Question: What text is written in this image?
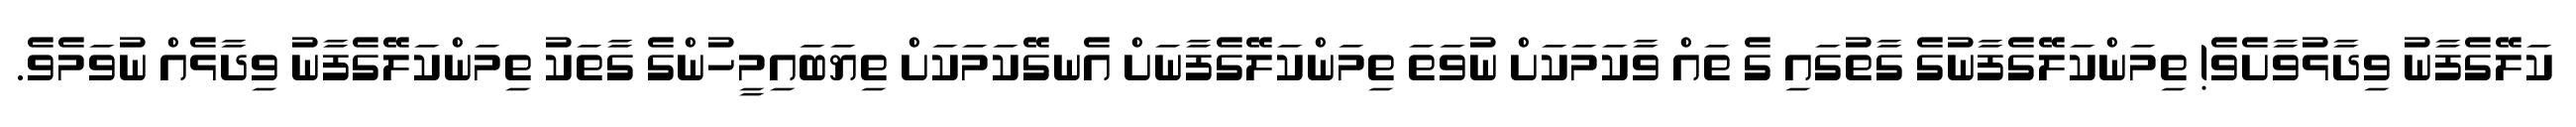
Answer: ކަލޭގެފާނު ވިދާޅުވާށެވެ! ތިމަންކަލޭގެފާނުގެ ގާތުގައި ގެ ތައް ވާކަމަކަށް ނުވަތަ ތިމަންކަލޭގެފާނަށް އެނގޭކަމަކަށް ތިޔަބައިމީހުންގެ ގާތަކު ތިމަންކަލޭގެފާނު ވިދާޅެއް ނުވަމެވެ.